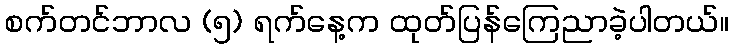
စက်တင်ဘာလ (၅) ရက်နေ့က ထုတ်ပြန်ကြေညာခဲ့ပါတယ်။